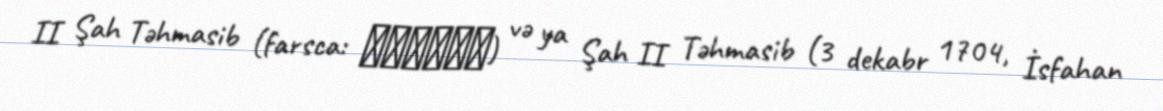
II Şah Təhmasib (farsca: طهماسب) və ya Şah II Təhmasib (3 dekabr 1704, İsfahan